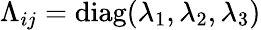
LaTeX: \Lambda_{ij}=\mathrm{diag}(\lambda_{1},\lambda_{2},\lambda_{3})